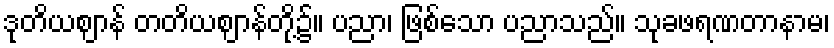
ဒုတိယဈာန် တတိယဈာန်တို့၌။ ပညာ၊ ဖြစ်သော ပညာသည်။ သုခဖရဏတာနာမ၊